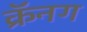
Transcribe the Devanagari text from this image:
क्रॅनग